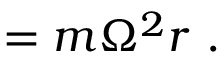
= m \Omega ^ { 2 } r \ .